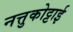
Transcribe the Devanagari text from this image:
नत्तुकोट्टाई